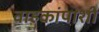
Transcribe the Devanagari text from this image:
वाहकांपाशी